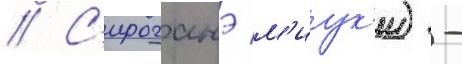
// С'ироганэ м'иук'и) -